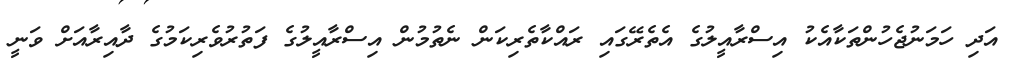
އަދި ހަމަނުޖެހުންތަކާއެކު އިސްރާއީލުގެ އެތެރޭގައި ރައްކާތެރިކަން ނެތުމުން އިސްރާއީލުގެ ފަތުރުވެރިކަމުގެ ދާއިރާއަށް ވަނީ